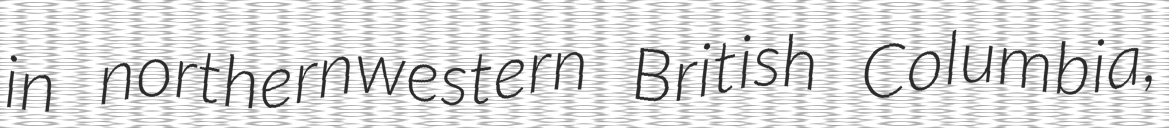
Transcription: in northernwestern British Columbia,